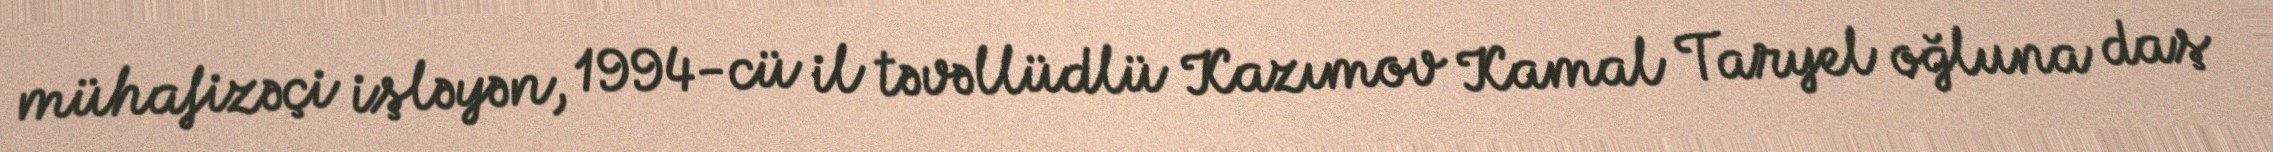
mühafizəçi işləyən, 1994-cü il təvəllüdlü Kazımov Kamal Taryel oğluna daş